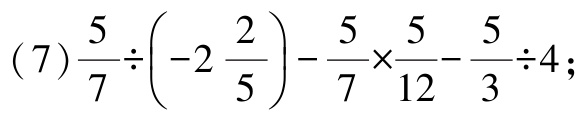
(7)$\frac{5}{7}\div\left(-2\frac{2}{5}\right)-\frac{5}{7}\times\frac{5}{12}-\frac{5}{3}\div4$；